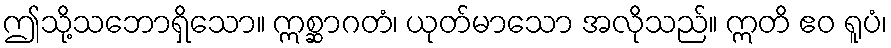
ဤသို့သဘောရှိသော။ ဣစ္ဆာဂတံ၊ ယုတ်မာသော အလိုသည်။ ဣတိ ဧဝ ရူပံ၊